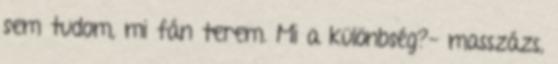
sem tudom, mi fán terem. Mi a különbség?- masszázs,